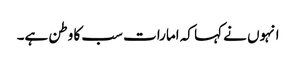
انہوں نے کہا کہ امارات سب کا وطن ہے۔